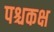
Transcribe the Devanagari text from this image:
पश्चकक्ष